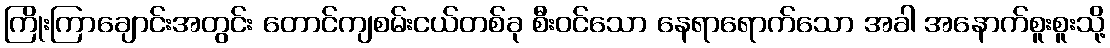
ကြိုးကြာချောင်းအတွင်း တောင်ကျစမ်းငယ်တစ်ခု စီးဝင်သော နေရာရောက်သော အခါ အနောက်စူးစူးသို့